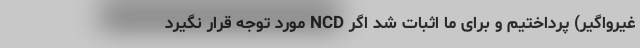
غیرواگیر) پرداختیم و برای ما اثبات شد اگر NCD مورد توجه قرار نگیرد